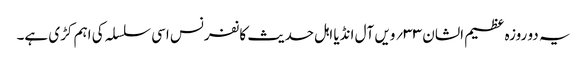
یہ دو روزہ عظیم الشان ۳۳؍ویں آل انڈیا اہل حدیث کانفرنس اسی سلسلہ کی اہم کڑی ہے۔